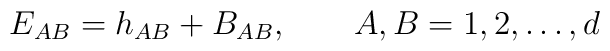
E_{AB} = h_{AB} +B_{AB} , \qquad A,B = 1, 2, \ldots , d